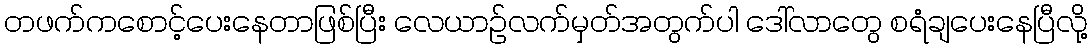
တဖက်ကစောင့်ပေးနေတာဖြစ်ပြီး လေယာဉ်လက်မှတ်အတွက်ပါ ဒေါ်လာတွေ စရံချပေးနေပြီလို့